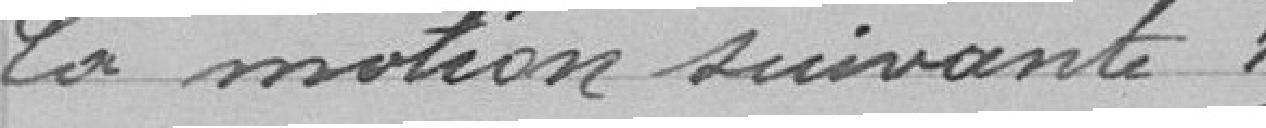
la motion suivante :